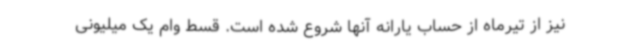
نیز از تیرماه از حساب یارانه آنها شروع شده است. قسط وام یک میلیونی